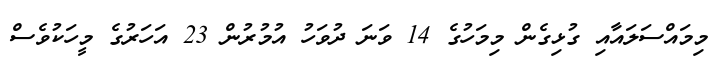
މިމައްސަލައާއި ގުޅިގެން މިމަހުގެ 14 ވަނަ ދުވަހު އުމުރުން 23 އަހަރުގެ މީހަކުވެސް